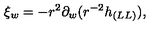
\xi _ { w } = - r ^ { 2 } \partial _ { w } ( r ^ { - 2 } h _ { ( L L ) } ) ,